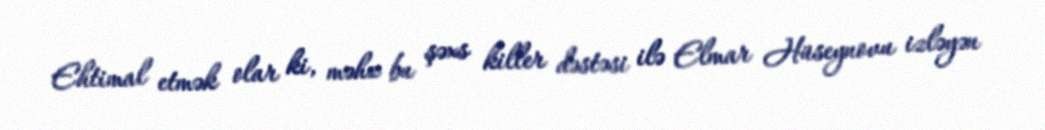
Ehtimal etmək olar ki, məhz bu şəxs killer dəstəsi ilə Elmar Hüseynovu izləyən